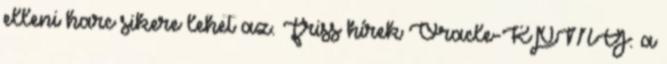
elleni harc sikere lehet az. Friss hírek Oracle-KPMG: a